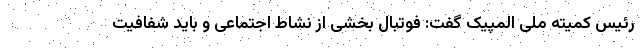
رئیس کمیته ملی المپیک گفت: فوتبال بخشی از نشاط اجتماعی و باید شفافیت